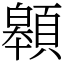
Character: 䫧